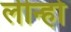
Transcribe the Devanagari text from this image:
लीन्हो